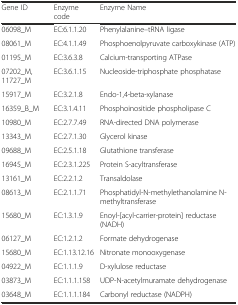
<table><thead><tr><td><b>Gene ID</b></td><td><b>Enzyme code</b></td><td><b>Enzyme Name</b></td></tr></thead><tbody><tr><td>06098_M</td><td>EC:6.1.1.20</td><td>Phenylalanine--tRNA ligase</td></tr><tr><td>08061_M</td><td>EC:4.1.1.49</td><td>Phosphoenolpyruvate carboxykinase (ATP)</td></tr><tr><td>01195_M</td><td>EC:3.6.3.8</td><td>Calcium-transporting ATPase</td></tr><tr><td>07202_M, 11727_M</td><td>EC:3.6.1.15</td><td>Nucleoside-triphosphate phosphatase</td></tr><tr><td>15917_M</td><td>EC:3.2.1.8</td><td>Endo-1,4-beta-xylanase</td></tr><tr><td>16359_B_M</td><td>EC:3.1.4.11</td><td>Phosphoinositide phospholipase C</td></tr><tr><td>10980_M</td><td>EC:2.7.7.49</td><td>RNA-directed DNA polymerase</td></tr><tr><td>13343_M</td><td>EC:2.7.1.30</td><td>Glycerol kinase</td></tr><tr><td>09688_M</td><td>EC:2.5.1.18</td><td>Glutathione transferase</td></tr><tr><td>16945_M</td><td>EC:2.3.1.225</td><td>Protein S-acyltransferase</td></tr><tr><td>13161_M</td><td>EC:2.2.1.2</td><td>Transaldolase</td></tr><tr><td>08613_M</td><td>EC:2.1.1.71</td><td>Phosphatidyl-N-methylethanolamine N-methyltransferase</td></tr><tr><td>15680_M</td><td>EC:1.3.1.9</td><td>Enoyl-[acyl-carrier-protein] reductase (NADH)</td></tr><tr><td>06127_M</td><td>EC:1.2.1.2</td><td>Formate dehydrogenase</td></tr><tr><td>15680_M</td><td>EC:1.13.12.16</td><td>Nitronate monooxygenase</td></tr><tr><td>04922_M</td><td>EC:1.1.1.9</td><td>D-xylulose reductase</td></tr><tr><td>03873_M</td><td>EC:1.1.1.158</td><td>UDP-N-acetylmuramate dehydrogenase</td></tr><tr><td>03648_M</td><td>EC:1.1.1.184</td><td>Carbonyl reductase (NADPH)</td></tr></tbody></table>